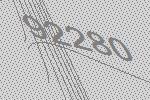
92280